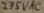
Text: 275VAC